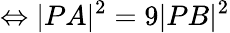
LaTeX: \Leftrightarrow|PA|^{2}=9|PB|^{2}